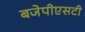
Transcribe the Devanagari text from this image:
बजेपीएसटी